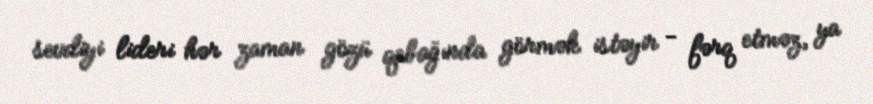
sevdiyi lideri hər zaman gözü qabağında görmək istəyir - fərq etməz, ya